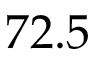
7 2 . 5